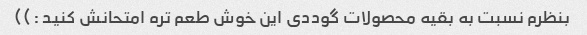
بنظرم نسبت به بقیه محصولات گوددی این خوش طعم تره امتحانش کنید :))